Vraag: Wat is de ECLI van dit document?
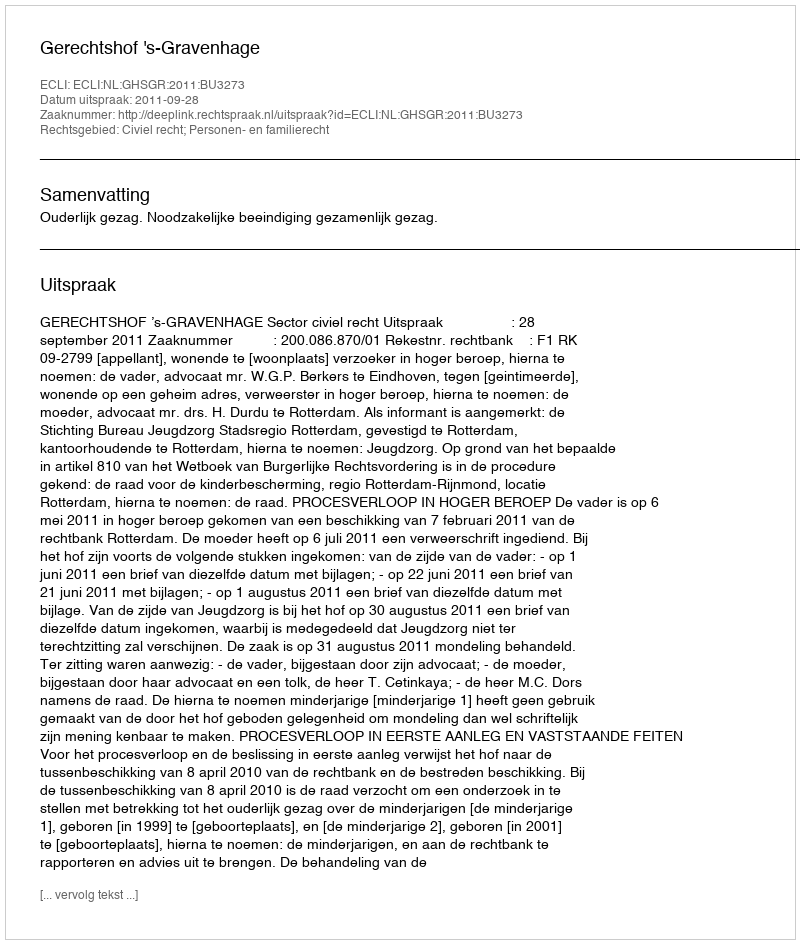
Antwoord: ECLI:NL:GHSGR:2011:BU3273